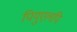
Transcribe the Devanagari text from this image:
पियुएलपि